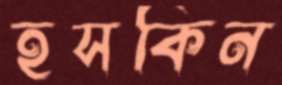
হসকিন